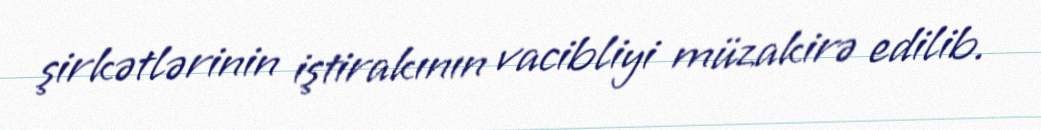
şirkətlərinin iştirakının vacibliyi müzakirə edilib.